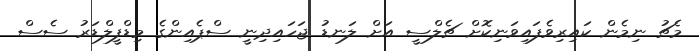
މެޗު ނިމެން ކައިރިވެފައިވަނިކޮށް ޗެލްސީ އަށް ލަނޑު ޖަހައިދިނީ ސްޕެއިންގެ މިޑްފީލްޑަރު ސެސް